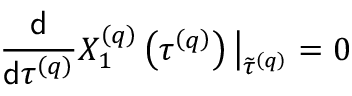
\frac { \mathsf { d } } { \mathsf { d } \tau ^ { \left( q \right) } } X _ { 1 } ^ { \left( q \right) } \left( \tau ^ { \left( q \right) } \right) \big \vert _ { \widetilde { \tau } ^ { \left( q \right) } } = 0